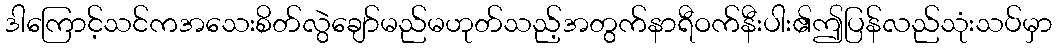
ဒါကြောင့်သင်ကအသေးစိတ်လွဲချော်မည်မဟုတ်သည့်အတွက်နာရီဝက်နီးပါး၏ဤပြန်လည်သုံးသပ်မှာ